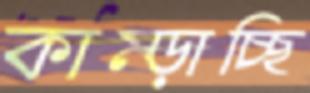
কাম্‌ড়াচ্ছি